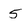
Character: 5